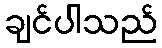
ချင်ပါသည်